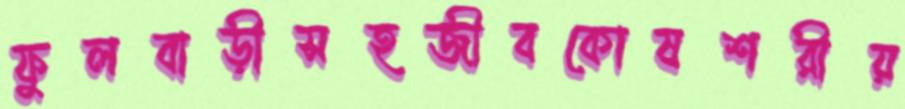
ফুলবাড়ীসহজীবকোষশরীয়